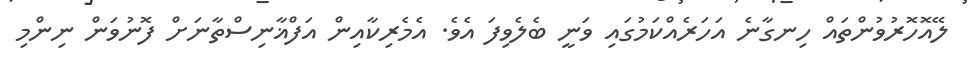
ލޭއޮހޮރުވުންތައް ހިނގާނެ އަހަރެއްކަމުގައި ވަނީ ބެލެވިފަ އެވެ. އެމެރިކާއިން އަފްޣާނިސްތާނަށް ފޮނުވަން ނިންމި